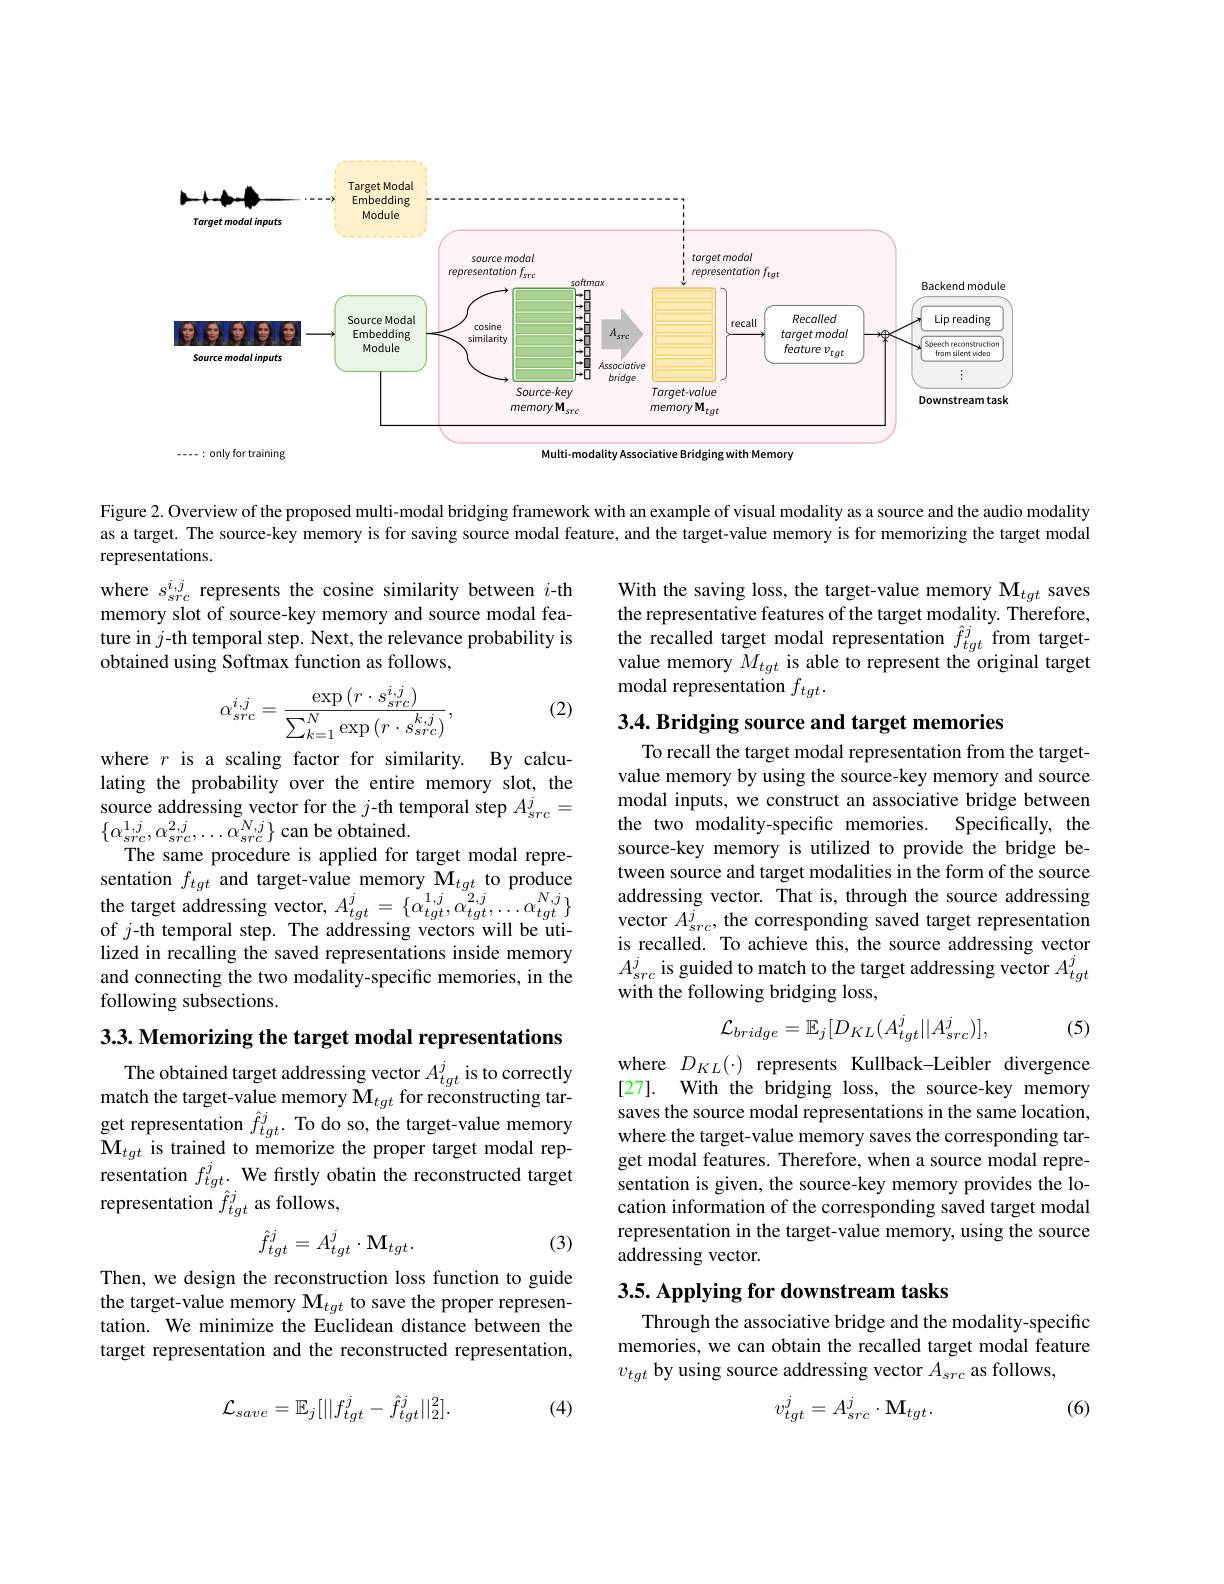
<FigureHere>

Figure 2. Overview of the proposed multi-modal bridging framework with an example of visual modality as a source and the audio modality as a target. The source-key memory is for saving source modal feature, and the target-value memory is for memorizing the target modal representations.
where $s_{src}^{i,j}$ represents the cosine similarity between $i$-th memory slot of source-key memory and source modal feature in $j$-th temporal step. Next, the relevance probability is obtained using Softmax function as follows,

(2)
$$\alpha_{src}^{i,j}=\frac{\exp\left(r\cdot s_{src}^{i,j}\right)}{\sum_{k=1}^{N}\exp\left(r\cdot s_{src}^{k,j}\right)},$$
where $r$ is a scaling factor for similarity. By calculating the probability over the entire memory slot, the source addressing vector for the $j$-th temporal step $A_src^j=$ $\{\alpha_{src}^{1,j},\alpha_{src}^{2,j},\ldots\alpha_{src}^{N,j}\}$can be obtained.
The same procedure is applied for target modal representation $f_{tgt}$ and target-value memory M$_tgt$ to produce $\begin{array}{l}{\text{the target addressing vector, }A_{tgt}^{j}=\{\alpha_{tgt}^{1,j},\alpha_{tgt}^{2,j},\ldots\alpha_{tgt}^{N,j}\}}\\{\mathrm{of~}j\text{-th temporal step. The addressing vectors will be uti-}}\end{array}$ lized in recalling the saved representations inside memory and connecting the two modality-specific memories, in the following subsections.

3.3. Memorizing the target modal representations

The obtained target addressing vector $A_{tgt}^{j}$ is to correctly $\begin{array}{l}\text{match the target-value memory M}_{tgt}\text{ for reconstructing tar-}\\\text{get representation }\hat{f}_{tgt}^{j}.\text{ To do so, the target-value memory}\\\mathbf{M}_{tgt}\text{ is trained to memorize the proper target modal rep-}\end{array}$ resentation $f_{tgt}^j.$ We firstly obatin the reconstructed target representation $\hat{f}_{tgt}^j$ as follows,

(3)
$$\hat{f}_{tgt}^j=A_{tgt}^j\cdot\mathrm{M}_{tgt}.$$
Then, we design the reconstruction loss function to guide the target-value memory $\mathbf{M}_{tgt}$ to save the proper representation. We minimize the Euclidean distance between the target representation and the reconstructed representation,

(4)
$$\mathcal{L}_{save}=\mathbb{E}_{j}[||f_{tgt}^{j}-\hat{f}_{tgt}^{j}||_{2}^{2}].$$
With the saving loss, the target-value memory M$_tgt$ saves the representative features of the target modality. Therefore, the recalled target modal representation $\hat{f}_{tgt}^j$ from targetvalue memory $M_{tgt}$ is able to represent the original target modal representation $f_{tgt}.$

3.4. Bridging source and target memories

To recall the target modal representation from the targetvalue memory by using the source-key memory and source modal inputs, we construct an associative bridge between the two modality-specific memories.
Specifically, the
source-key memory is utilized to provide the bridge between source and target modalities in the form of the source addressing vector. That is, through the source addressing vector $A_{src}^{j}$, the corresponding saved target representation is recalled. To achieve this, the source addressing vector $A_{src}^{j}$ is guided to match to the target addressing vector $A_tgt^j$ with the following bridging loss,
$$\mathcal{L}_{bridge}=\mathbb{E}_{j}[D_{KL}(A_{tgt}^{j}||A_{src}^{j})],$$
(5)

where $D_{KL}(\cdot)$ represents Kullback-Leibler divergence [27]. With the bridging loss, the source-key memory saves the source modal representations in the same location, where the target-value memory saves the corresponding target modal features. Therefore, when a source modal representation is given, the source-key memory provides the location information of the corresponding saved target modal representation in the target-value memory, using the source addressing vector.

## $3. 5. \textbf{Applying for downstream tasks}$

Through the associative bridge and the modality-specific memories, we can obtain the recalled target modal feature $v_{tgt}$ by using source addressing vector $A_src$ as follows,

(6)
$$v_{tgt}^j=A_{src}^j\cdot\mathrm{M}_{tgt}.$$